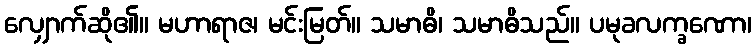
လျှောက်ဆို၏။ မဟာရာဇ၊ မင်းမြတ်။ သမာဓိ၊ သမာဓိသည်။ ပမုခလက္ခဏော၊